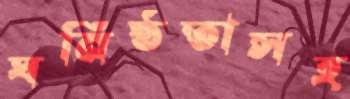
ঘনিষ্ঠতাসহ